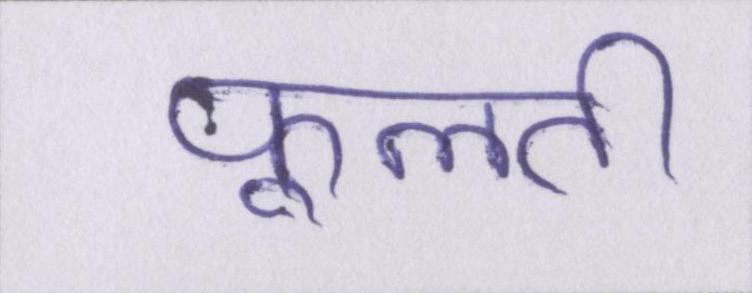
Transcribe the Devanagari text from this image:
फूलती